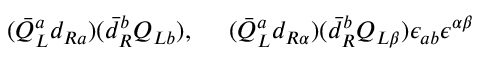
( \bar { Q } _ { L } ^ { a } d _ { R a } ) ( \bar { d } _ { R } ^ { b } Q _ { L b } ) , ~ ~ ~ ~ ( \bar { Q } _ { L } ^ { a } d _ { R \alpha } ) ( \bar { d } _ { R } ^ { b } Q _ { L \beta } ) \epsilon _ { a b } \epsilon ^ { \alpha \beta }